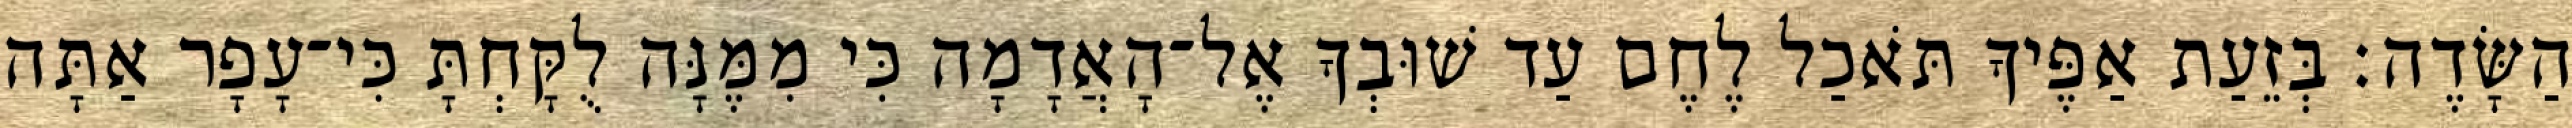
הַשָּׂדֶה׃ בְּזֵעַת אַפֶּיךָ תֹּאכַל לֶחֶם עַד שׁוּבְךָ אֶל־הָאֲדָמָה כִּי מִמֶּנָּה לֻקָּחְתָּ כִּי־עָפָר אַתָּה